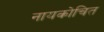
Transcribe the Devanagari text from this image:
नायकोचित